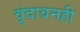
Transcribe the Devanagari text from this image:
वृंदावनही